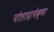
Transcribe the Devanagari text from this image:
पोलादापेक्षा